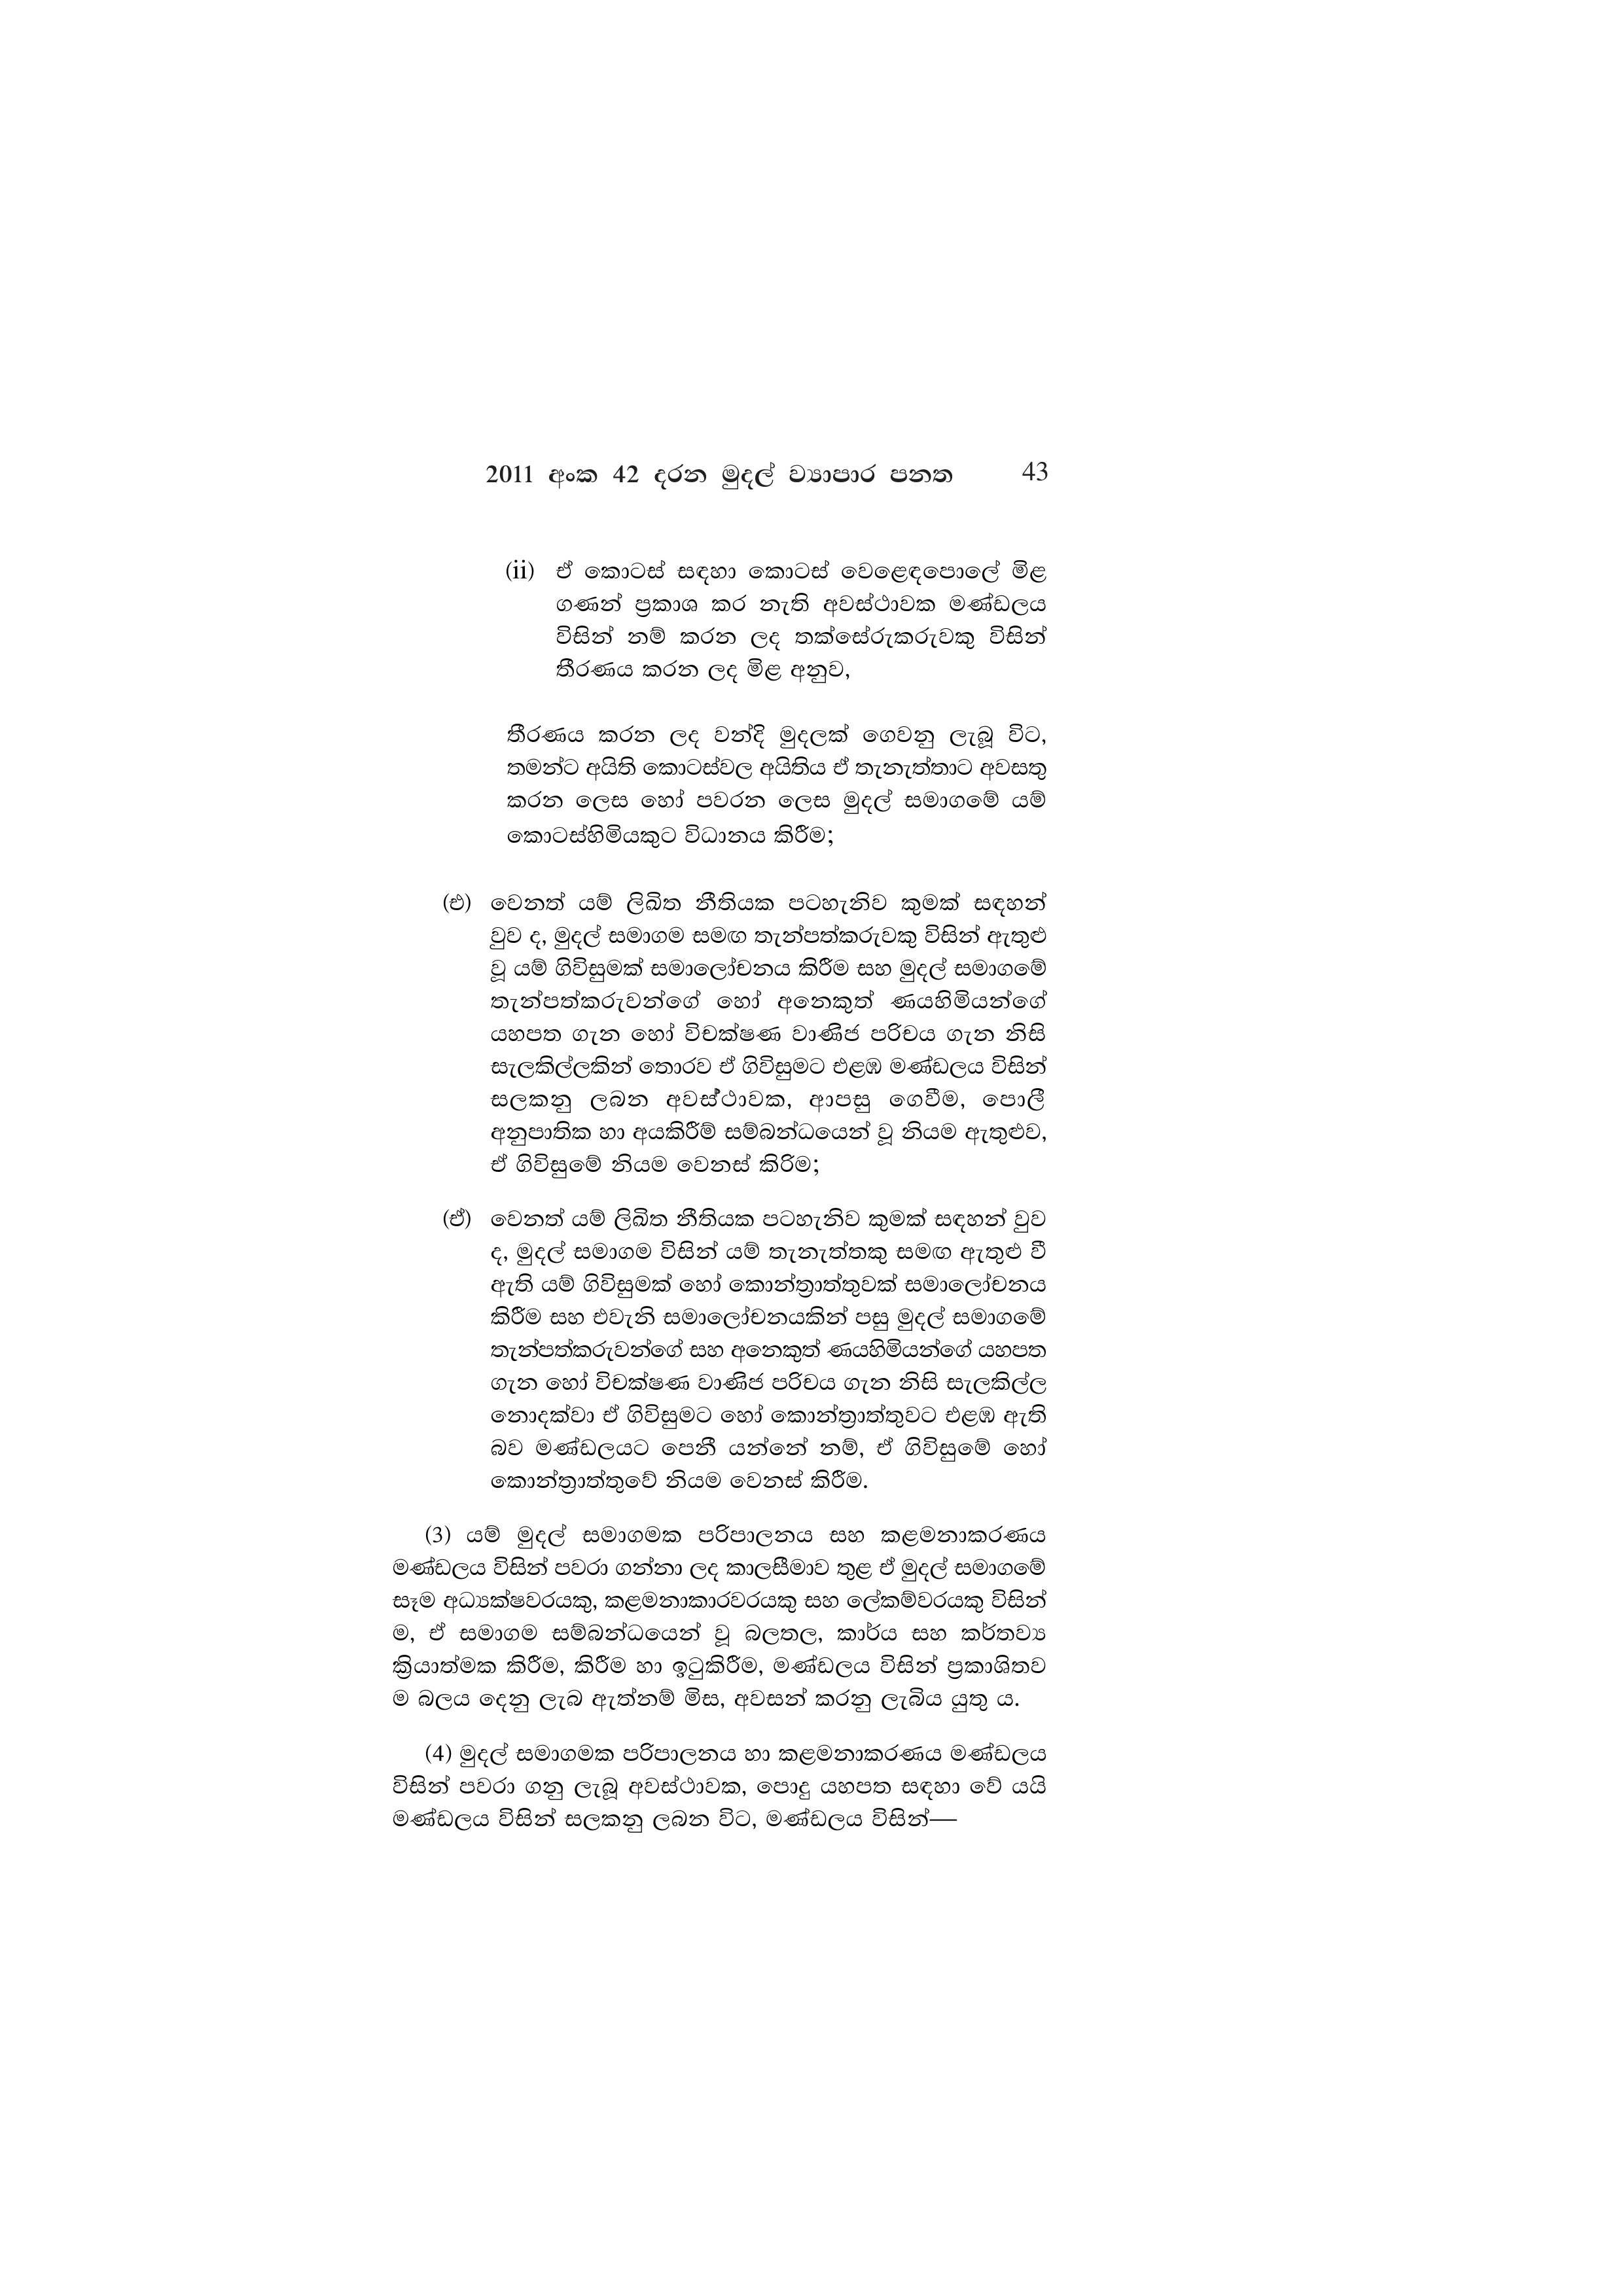
2011 අංක 42 දරන මුදල් ව්‍යාපාර පනත 43

(ii) ඒ කොටස් සඳහා කොටස් වෙළෙඳපොලේ මිළ
ගණන් ප්‍රකාශ කර නැති අවස්ථාවක මණ්ඩලය
විසින් නම් කරන ලද තක්සේරුකරුවකු විසින්
තීරණය කරන ලද මිළ අනුව,

තීරණය කරන ලද වන්දි මුදලක් ගෙවනු ලැබූ විට,
තමන්ට අයිති කොටස්වල අයිතිය ඒ තැනැත්තාට අවසතු
කරන ලෙස හෝ පවරන ලෙස මුදල් සමාගමේ යම්
කොටස්හිමියකුට විධානය කිරීම;

(එ) වෙනත් යම් ලිඛිත නීතියක පටහැනිව කුමක් සඳහන්
වුව ද, මුදල් සමාගම සමඟ තැන්පත්කරුවකු විසින් ඇතුළු
වූ යම් ගිවිසුමක් සමාලෝචනය කිරීම සහ මුදල් සමාගමේ
තැන්පත්කරුවන්ගේ හෝ අනෙකුත් ණයහිමියන්ගේ
යහපත ගැන හෝ විචක්ෂණ වාණිජ පරිචය ගැන නිසි
සැලකිල්ලකින් තොරව ඒ ගිවිසුමට එළඹ මණ්ඩලය විසින්
සලකනු ලබන අවස්ථාවක, ආපසු ගෙවීම, පොලී
අනුපාතික හා අයකිරීම් සම්බන්ධයෙන් වූ නියම ඇතුළුව,
ඒ ගිවිසුමේ නියම වෙනස් කිරිම;

(ඒ) වෙනත් යම් ලිඛිත නීතියක පටහැනිව කුමක් සඳහන් වුව
ද, මුදල් සමාගම විසින් යම් තැනැත්තකු සමඟ ඇතුළු වී
ඇති යම් ගිවිසුමක් හෝ කොන්ත්‍රාත්තුවක් සමාලෝචනය
කිරීම සහ එවැනි සමාලෝචනයකින් පසු මුදල් සමාගමේ
තැන්පත්කරුවන්ගේ සහ අනෙකුත් ණයහිමියන්ගේ යහපත
ගැන හෝ විචක්ෂණ වාණිජ පරිචය ගැන නිසි සැලකිල්ල
නොදක්වා ඒ ගිවිසුමට හෝ කොන්ත්‍රාත්තුවට එළඹ ඇති
බව මණ්ඩලයට පෙනී යන්නේ නම්, ඒ ගිවිසුමේ හෝ
කොන්ත්‍රාත්තුවේ නියම වෙනස් කිරීම.

(3) යම් මුදල් සමාගමක පරිපාලනය සහ කළමනාකරණය
මණ්ඩලය විසින් පවරා ගන්නා ලද කාලසීමාව තුළ ඒ මුදල් සමාගමේ
සෑම අධ්‍යක්ෂවරයකු, කළමනාකාරවරයකු සහ ලේකම්වරයකු විසින්
ම, ඒ සමාගම සම්බන්ධයෙන් වූ බලතල, කාර්ය සහ කර්තව්‍ය
ක්‍රියාත්මක කිරීම, කිරීම හා ඉටුකිරීම, මණ්ඩලය විසින් ප්‍රකාශිතව
ම බලය දෙනු ලැබ ඇත්නම් මිස, අවසන් කරනු ලැබිය යුතු ය.

(4) මුදල් සමාගමක පරිපාලනය හා කළමනාකරණය මණ්ඩලය
විසින් පවරා ගනු ලැබූ අවස්ථාවක, පොදු යහපත සඳහා වේ යයි
මණ්ඩලය විසින් සලකනු ලබන විට, මණ්ඩලය විසින්—